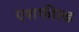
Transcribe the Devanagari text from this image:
एशफील्ड